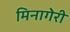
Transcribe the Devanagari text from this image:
मिनागेरी